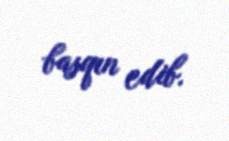
basqın edib.